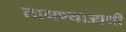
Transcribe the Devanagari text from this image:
लागण्याआधी